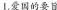
1.爱国的要旨